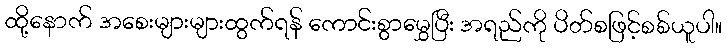
ထို့နောက် အစေးများများထွက်ရန် ကောင်းစွာမွှေပြီး အရည်ကို ပိတ်စဖြင့်စစ်ယူပါ။